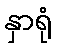
နှာရုံ